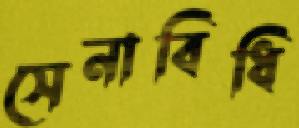
সেনাবিধি